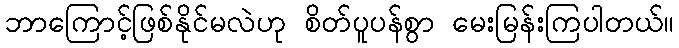
ဘာကြောင့်ဖြစ်နိုင်မလဲဟု စိတ်ပူပန်စွာ မေးမြန်းကြပါတယ်။